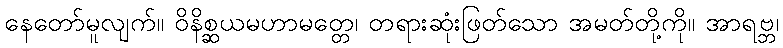
နေတော်မူလျက်။ ဝိနိစ္ဆယမဟာမတ္တေ၊ တရားဆုံးဖြတ်သော အမတ်တို့ကို။ အာရဗ္ဘ၊